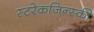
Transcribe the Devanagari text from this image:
स्टरेकजिन्स्की